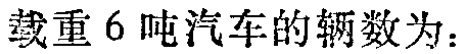
载重 6 吨汽车的辆数为：